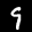
Label: 9